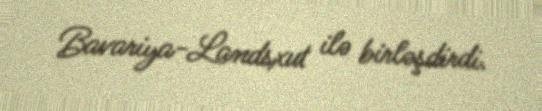
Bavariya-Landsxut ilə birləşdirdi.